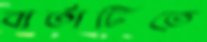
বার্তাটিতে